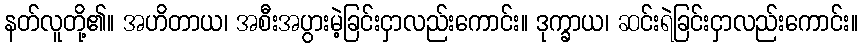
နတ်လူတို့၏။ အဟိတာယ၊ အစီးအပွားမဲ့ခြင်းငှာလည်းကောင်း။ ဒုက္ခာယ၊ ဆင်းရဲခြင်းငှာလည်းကောင်း။